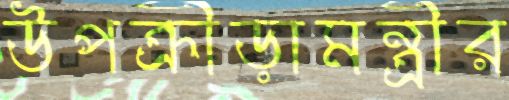
উপক্রীড়ামন্ত্রীর